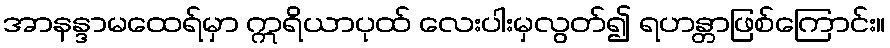
အာနန္ဒာမထေရ်မှာ ဣရိယာပုထ် လေးပါးမှလွတ်၍ ရဟန္တာဖြစ်ကြောင်း။